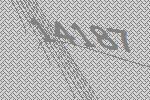
14187